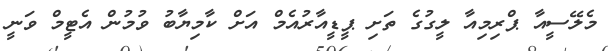
މެލޭސީއާ ޕްރިމިއާ ލީގުގެ ތަށި ޕީޑީއާރުއެމް އަށް ކާމިޔާބު ވުމުން އެޓީމް ވަނީ